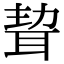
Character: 𦕴